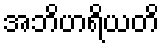
အဘိဟရိယတိ